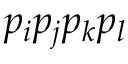
p _ { i } p _ { j } p _ { k } p _ { l }